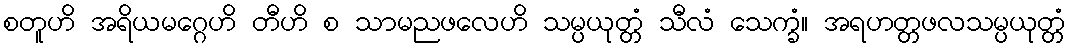
စတူဟိ အရိယမဂ္ဂေဟိ တီဟိ စ သာမညဖလေဟိ သမ္ပယုတ္တံ သီလံ သေက္ခံ။ အရဟတ္တဖလသမ္ပယုတ္တံ